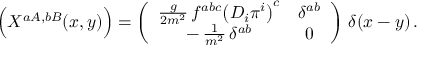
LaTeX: \Bigl ( X ^ { a A , b B } ( x , y ) \Bigr ) = \left( \begin{array} { c c } { { \frac { g } { 2 m ^ { 2 } } \, f ^ { a b c } \bigl ( D _ { i } \pi ^ { i } \bigr ) ^ { c } } } & { { \delta ^ { a b } } } \\ { { - \, \frac { 1 } { m ^ { 2 } } \, \delta ^ { a b } } } & { { 0 } } \end{array} \right) \, \delta ( x - y ) \, .